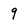
Character: 9